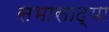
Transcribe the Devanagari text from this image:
सभासाद्या